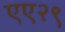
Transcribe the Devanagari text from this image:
एए२९